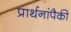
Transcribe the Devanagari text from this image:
प्रार्थनांपैकी